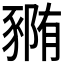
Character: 𰶭